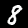
Digit: 8